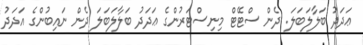
ޢަދަދު ބަލާލަބަލަ. ދެން ސްޓޭޓް މިނިސްޓަރުންގެ ޢަދަދު ބަލާލަބަލަ ދެން ނައިބުންގެ އަދަދު